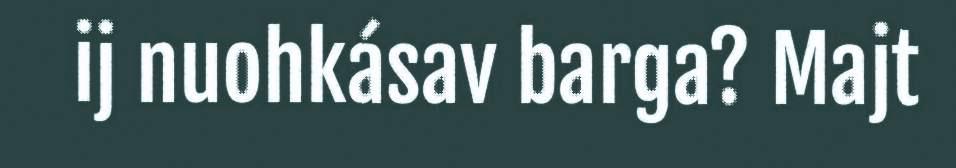
ij nuohkásav barga? Majt